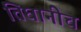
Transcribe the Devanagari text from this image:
तिघानीच